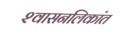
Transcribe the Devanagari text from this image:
श्‍वासनलिकांत